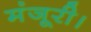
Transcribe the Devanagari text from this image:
मंजूरी।